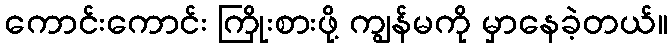
ကောင်းကောင်း ကြိုးစားဖို့ ကျွန်မကို မှာနေခဲ့တယ်။